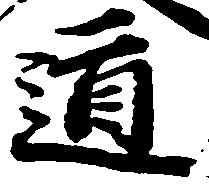
道